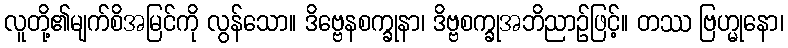
လူတို့၏မျက်စိအမြင်ကို လွန်သော။ ဒိဗ္ဗေနစက္ခုနာ၊ ဒိဗ္ဗစက္ခုအဘိညာဉ်ဖြင့်။ တဿ ဗြဟ္မုနော၊